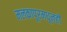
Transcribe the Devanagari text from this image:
मलकापूरमधूनही